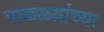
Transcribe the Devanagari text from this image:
पाकळय़ांच्या